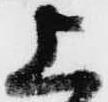
上